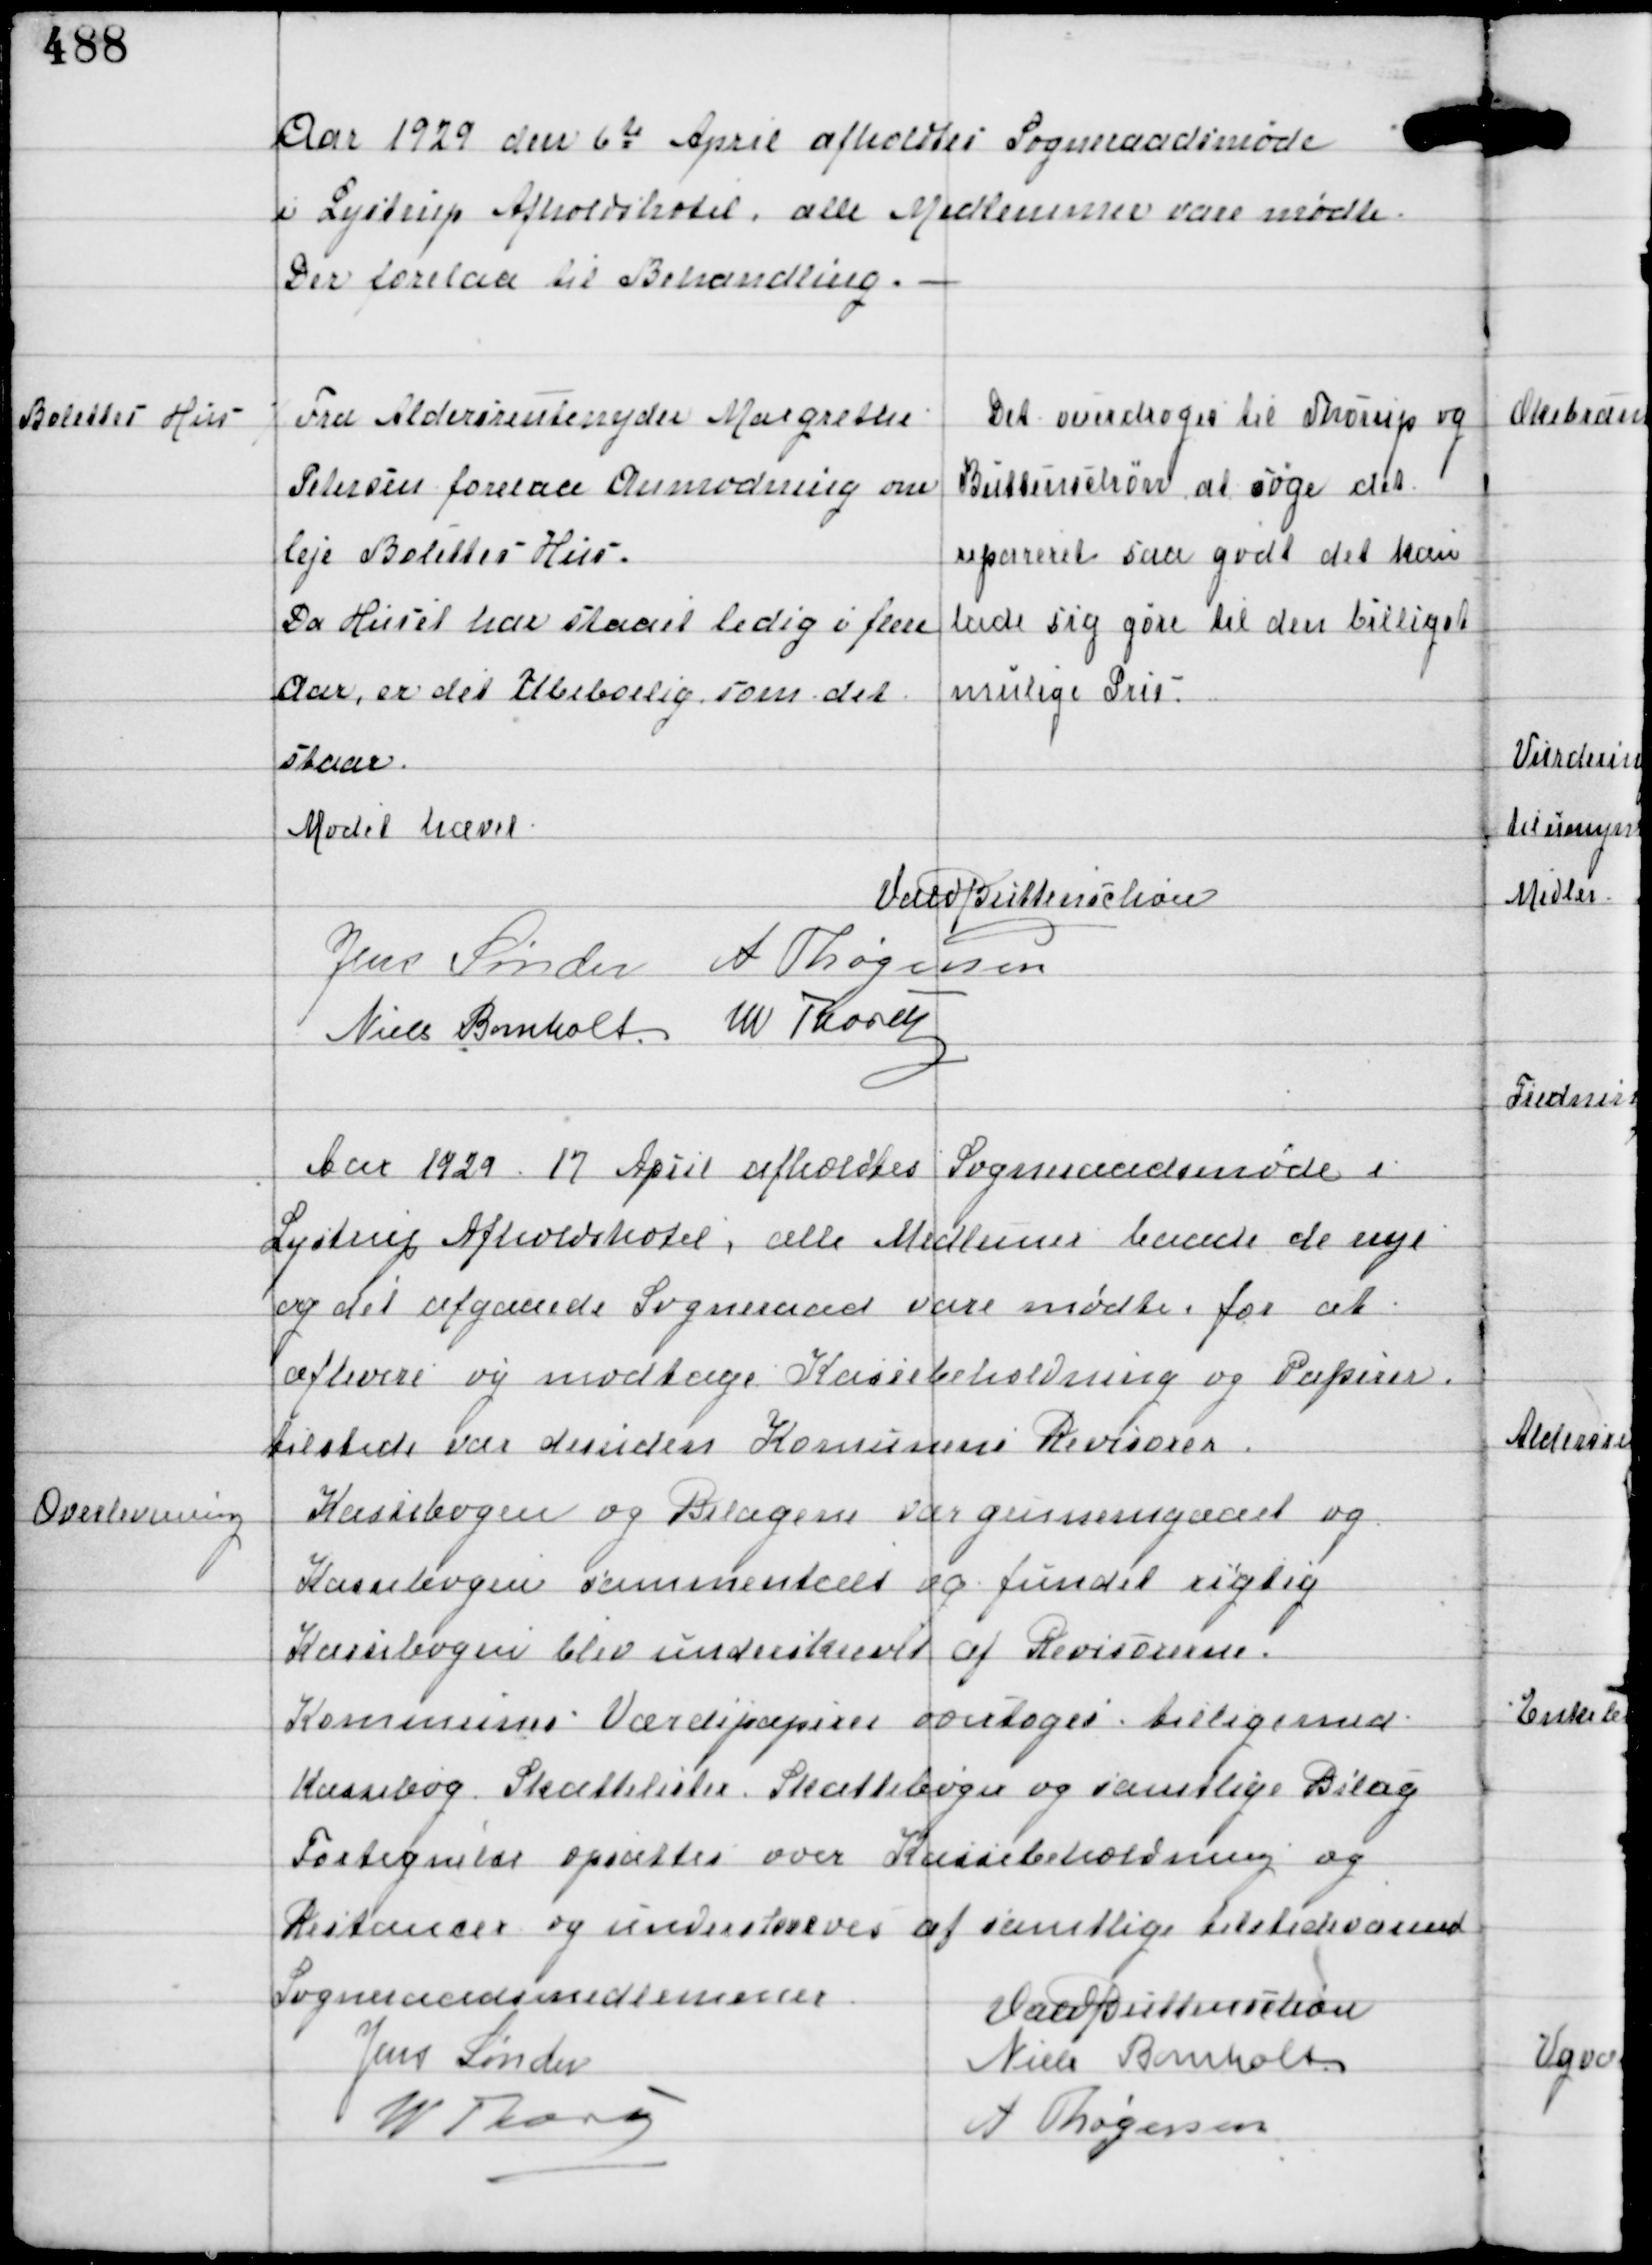
Transskription:
Aar 1929 den 6te April afholdtes Sogneraadsmøde
i Lystrup Afholdshotel, alle Medlemmer vare mødte
Der forelaa til Behandling.

Bolettes Hus

⁒ Fra Aldersrentenyder Margrethe
Petersen forelaa Anmodning om
leje Bolettes Hus.
Da Huset har staaet ledig i flere
Aar, er det Ubeboelig, som det
staar.

Det overdroges til Thorup og
Buttenschøn at søge det
repareret saa godt det kan
lade sig gøre til den billigst
mulige Pris.

Mødet hævet
Vald Buttenschøn
Jens Sønder A Thøgersen
Niels Bomholt W Thorup

Aar 1929 17 April afholdtes Sogneraadsmøde i
Lystrup Afholdshotel, alle Medlemmer baade de nye
og det afgaaende Sogneraad vare mødte, for at
aflevere og modtage Kassebeholdning og Papirer
tilstede var desuden Komunens Revisorer.

Overlevering

Kassebogen og Bilagene var gennemgaaet og
Kassebogen sammentalt og fundet rigtig
Kassebogen blev underskrevet af Revisorerne.
Kommunes Værdipapirer overtoges tilligemed
Kassebog, Skattelister, Skattebøger og samtlige Bilag
Fortegnelse opsattes over Kassebeholdning og
Restancer og underskreves af samtlige tilstedeværende
Sogneraadsmedlemmer
Vald Buttenschøn
Jens Sønder
Niels Bomholt
W Thorup
A Thøgersen